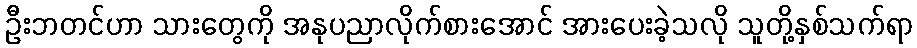
ဦးဘတင်ဟာ သားတွေကို အနုပညာလိုက်စားအောင် အားပေးခဲ့သလို သူတို့နှစ်သက်ရာ